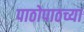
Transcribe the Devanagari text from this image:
पाठोपाठच्या